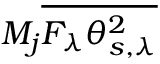
M _ { j } \overline { { F _ { \lambda } \theta _ { s , \lambda } ^ { 2 } } }